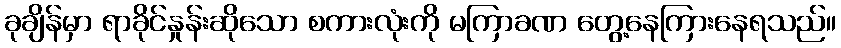
ခုချိန်မှာ ရာခိုင်နှုန်းဆိုသော စကားလုံးကို မကြာခဏ တွေ့နေကြားနေရသည်။